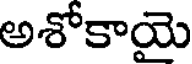
అశోకాయె